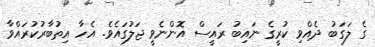
ގެ ލަގަބު ދެއްވި ކުރީގެ ނައިބު ރައީސް އޮންނެވީ ޖަލުގައެވެ. އެހާ އިތުބާރުކުރައްވާ